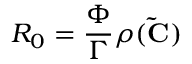
R _ { 0 } = \frac { \Phi } { \Gamma } \rho ( \mathbf { \tilde { C } } )